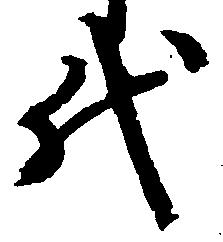
代